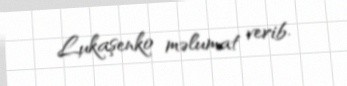
Lukaşenko məlumat verib.